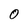
Character: 0